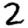
Digit: 2